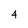
Character: 4